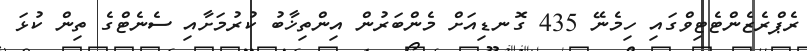
ރެޕްރެޒެންޓެޓިވްގައި ހިމެނޭ 435 ގޮނޑިއަށް މެންބަރުން އިންތިޚާބު ކުރުމަށާއި ސެނެޓްގެ ތިން ކުޅަ